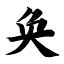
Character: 奂